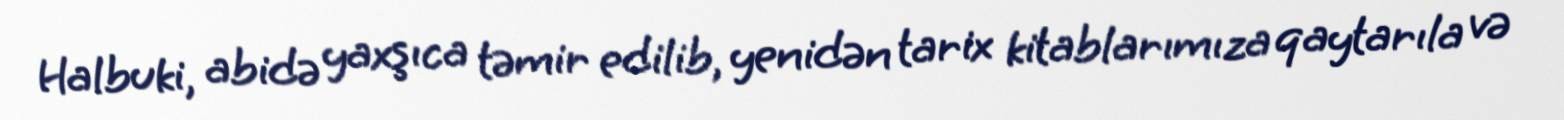
Halbuki, abidə yaxşıca təmir edilib, yenidən tarix kitablarımıza qaytarıla və